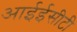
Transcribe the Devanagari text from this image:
आईईसीटी